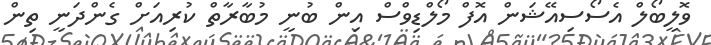
ވޮލީބޯލް އެސޯސިއޭޝަން އޮފް މޯލްޑިވްސް އިން ބުނީ މުބާރާތް ކުރިއަށް ގެންދަނީ ތިން